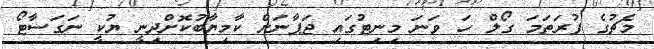
މެޗުގެ ފުރަތަމަ ގޯލް ހަ ވަނަ މިނިޓުގައި ޖަޕާނަށް ކާމިޔާބުކޮށްދިނީ ޔުކީ ނަގަސާޓޯ